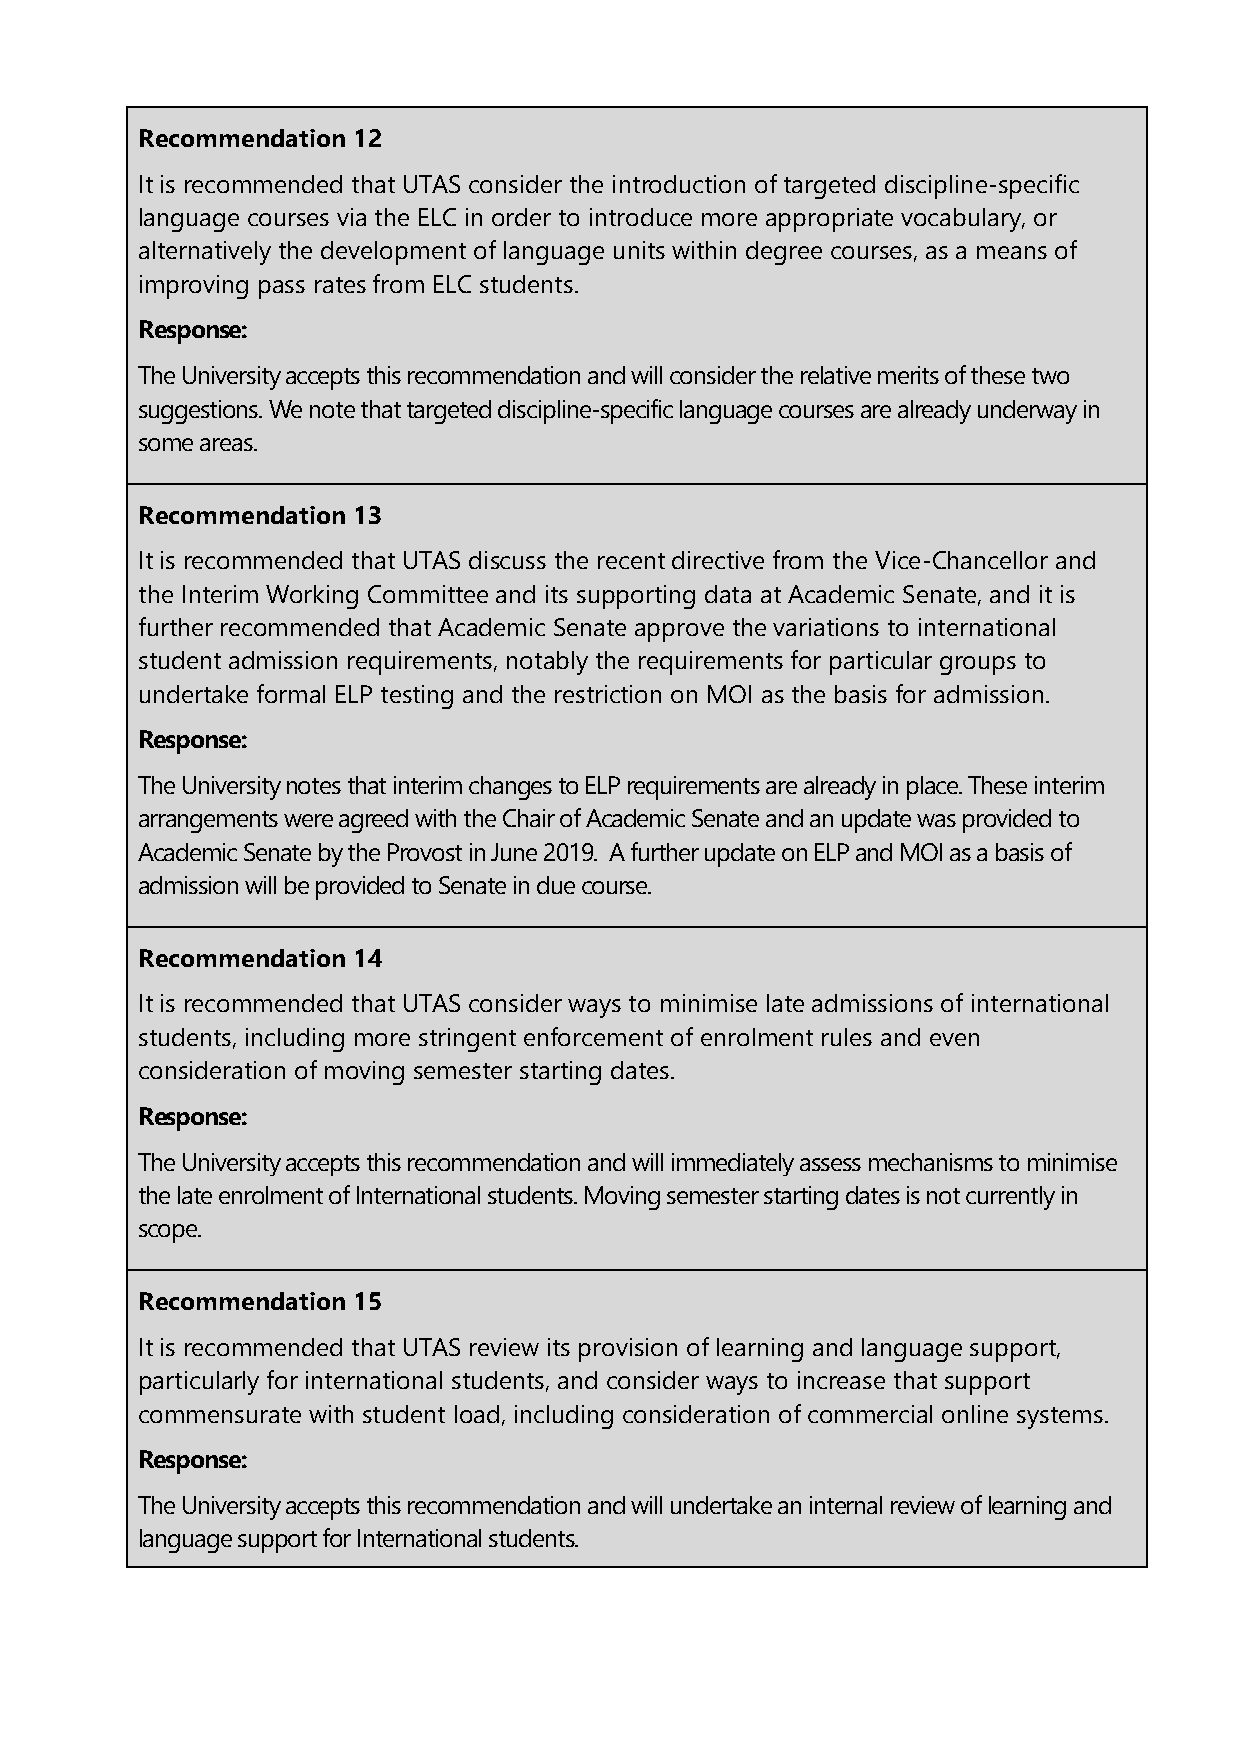
Recommendation 12
 It is recommended that UTAS consider the introduction of targeted discipline-specific
 language courses via the ELC in order to introduce more appropriate vocabulary, or
 alternatively the development of language units within degree courses, as a means of
 improving pass rates from ELC students.
 Response:
 The University accepts this recommendation and will consider the relative merits of these two
 suggestions. We note that targeted discipline-specific language courses are already underway in
 some areas.
 Recommendation 13
 It is recommended that UTAS discuss the recent directive from the Vice-Chancellor and
 the Interim Working Committee and its supporting data at Academic Senate, and it is
 further recommended that Academic Senate approve the variations to international
 student admission requirements, notably the requirements for particular groups to
 undertake formal ELP testing and the restriction on MOI as the basis for admission.
 Response:
 The University notes that interim changes to ELP requirements are already in place. These interim
 arrangements were agreed with the Chair of Academic Senate and an update was provided to
 Academic Senate by the Provost in June 2019. A further update on ELP and MOI as a basis of
 admission will be provided to Senate in due course.
 Recommendation 14
 It is recommended that UTAS consider ways to minimise late admissions of international
 students, including more stringent enforcement of enrolment rules and even
 consideration of moving semester starting dates.
 Response:
 The University accepts this recommendation and will immediately assess mechanisms to minimise
 the late enrolment of International students. Moving semester starting dates is not currently in
 scope.
 Recommendation 15
 It is recommended that UTAS review its provision of learning and language support,
 particularly for international students, and consider ways to increase that support
 commensurate with student load, including consideration of commercial online systems.
 Response:
 The University accepts this recommendation and will undertake an internal review of learning and
 language support for International students.